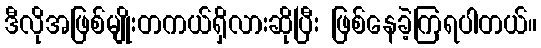
ဒီလိုအဖြစ်မျိုးတကယ်ရှိလားဆိုပြီး ဖြစ်နေခဲ့ကြရပါတယ်။